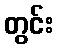
တွင်း